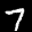
Label: 7